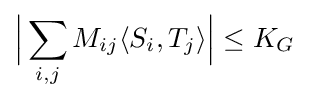
{\Big |}\sum _{i,j}M_{ij}\langle S_{i},T_{j}\rangle {\Big |}\leq K_{G}